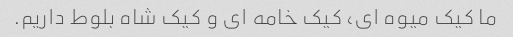
ما کیک میوه ای، کیک خامه ای و کیک شاه بلوط داریم.